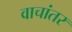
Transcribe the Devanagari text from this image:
वाचांतर